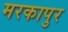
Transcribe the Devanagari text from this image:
मरकापुर